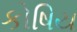
કોષિય